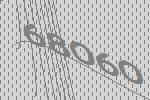
68060